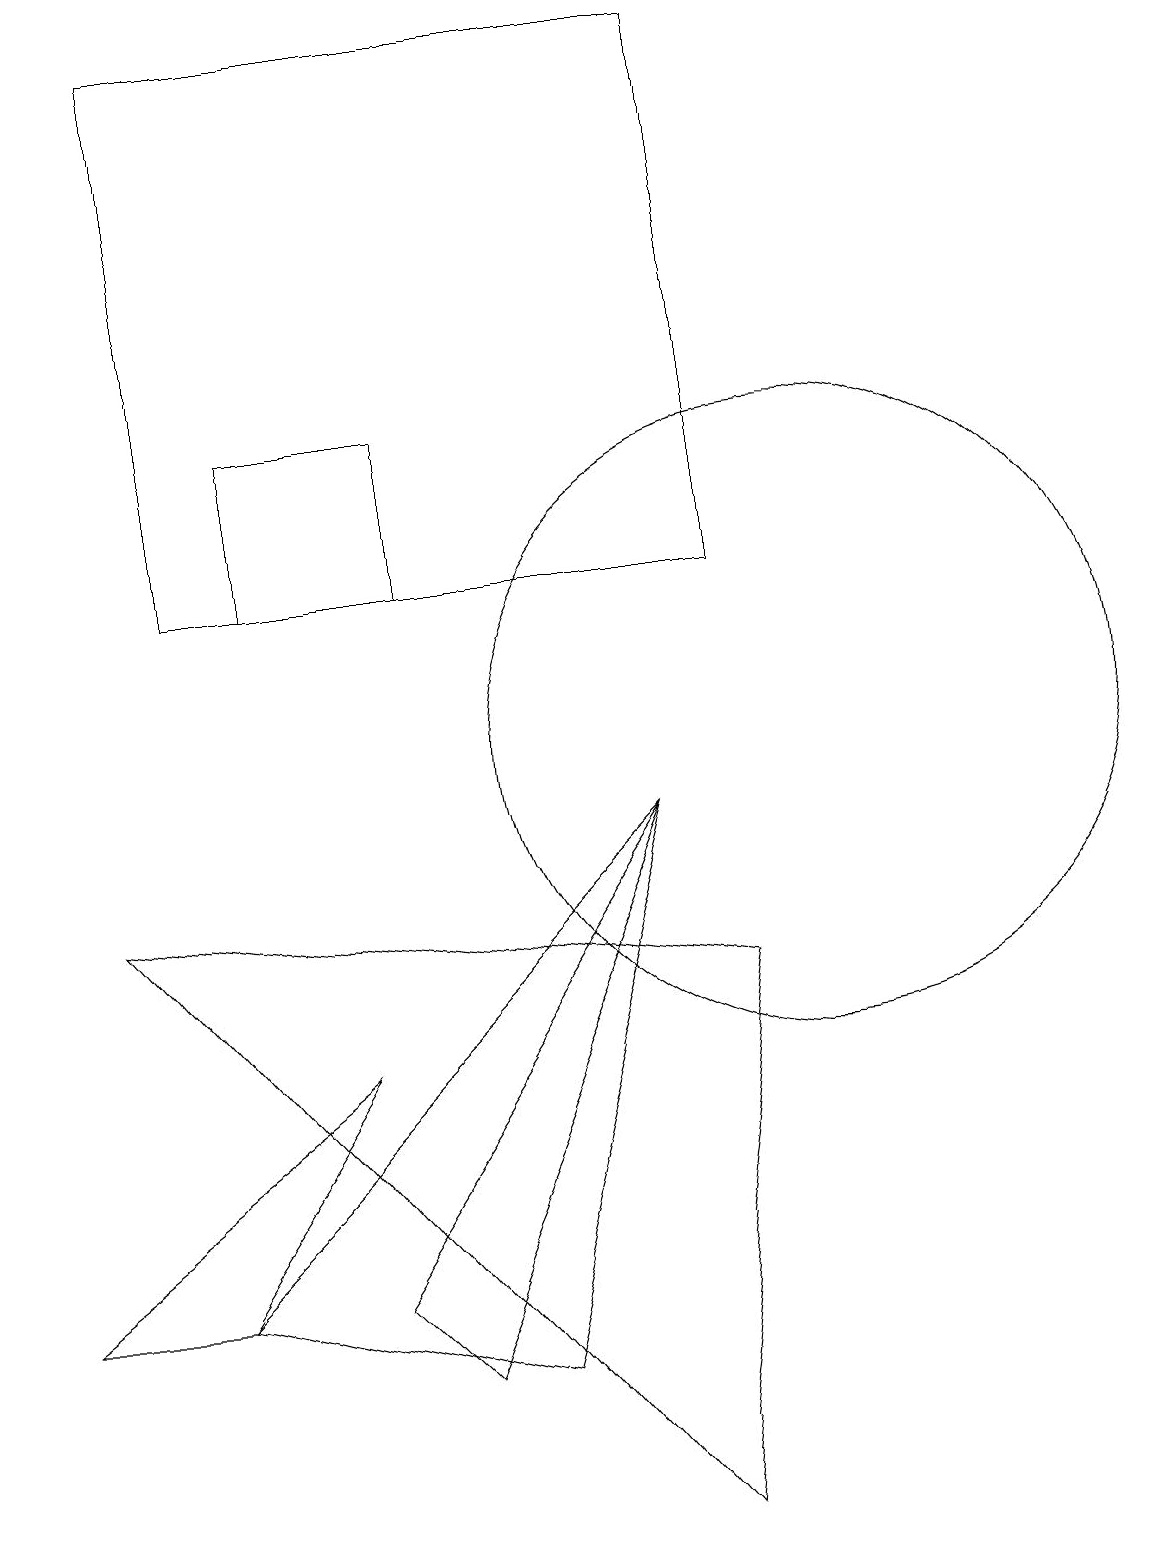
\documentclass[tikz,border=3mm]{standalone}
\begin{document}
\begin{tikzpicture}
\draw (4,6) -- (0,3) -- (2,3) -- cycle;
\draw (10,10) circle (4);
\draw (8,9) -- (2,3) -- (6,2) -- cycle;
\draw (9,12) rectangle (2,19);
\draw (10,12) circle (0);
\draw (5,2) -- (8,9) -- (4,3) -- cycle;
\draw (9,7) -- (1,8) -- (8,0) -- cycle;
\draw (5,14) rectangle (3,12);
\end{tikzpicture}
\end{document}